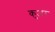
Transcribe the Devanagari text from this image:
कुअंर